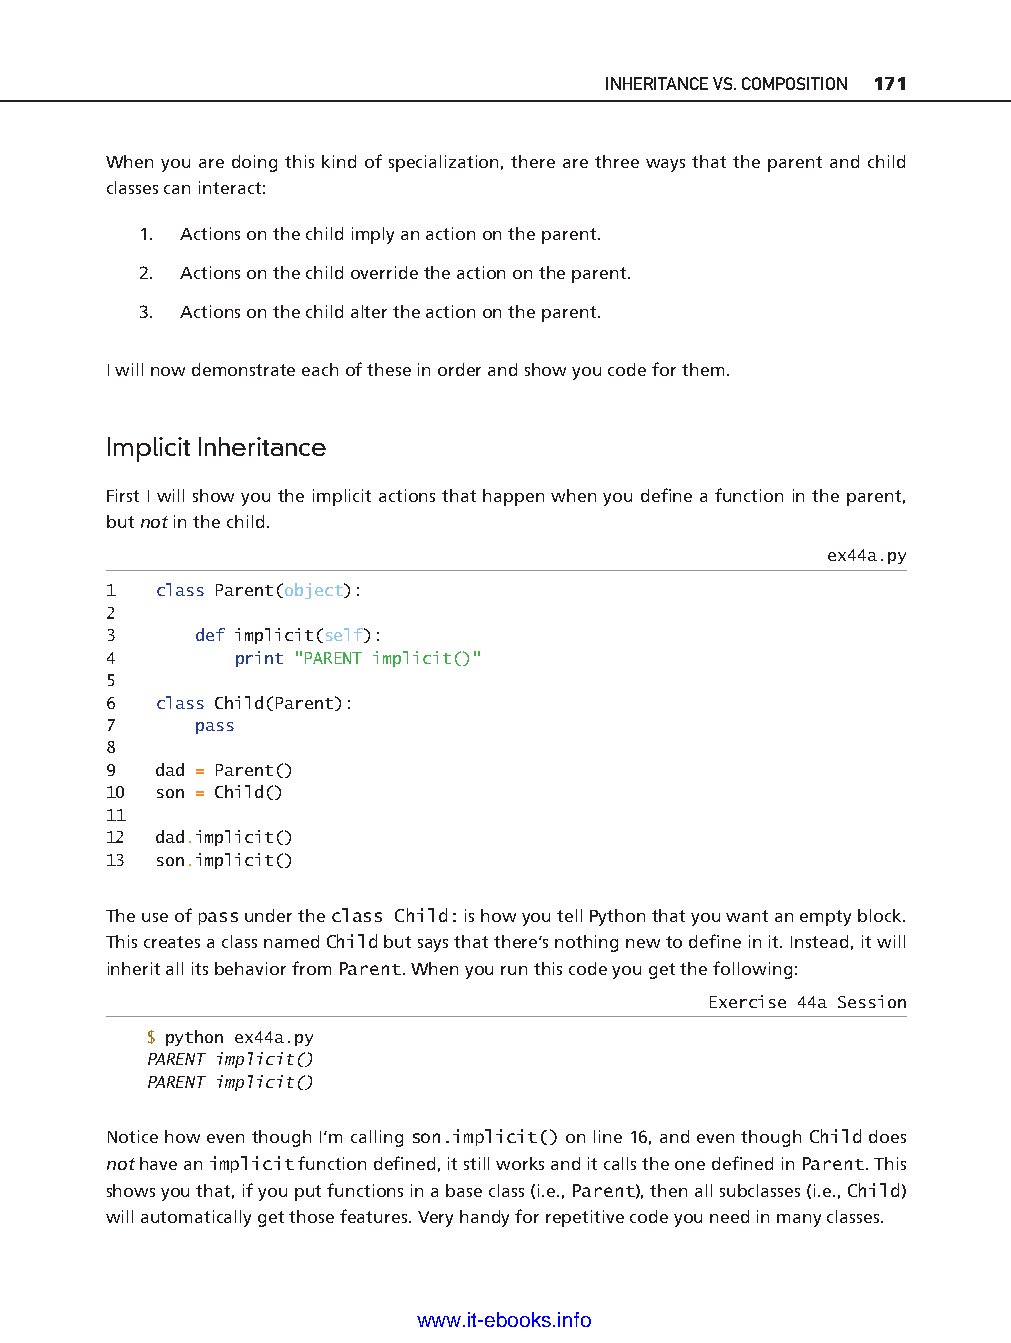
INHERITANCE VS. COMPOSITION 171
 When you are doing this kind of specialization, there are three ways that the parent and child
 classes can interact:
 1. Actions on the child imply an action on the parent.
 2. Actions on the child override the action on the parent.
 3. Actions on the child alter the action on the parent.
 I will now demonstrate each of these in order and show you code for them.
 Implicit Inheritance
 First I will show you the implicit actions that happen when you defi ne a function in the parent,
 but not in the child.
 ex44a.py
 1   class Parent(object):
 2
 3     def implicit(self):
 4        print "PARENT implicit()"
 5                                                                             ptg11539604
 6   class Child(Parent):
 7     pass
 8
 9   dad = Parent()
 10  son = Child()
 11
 12  dad.implicit()
 13  son.implicit()
 The use of pass under the class Child: is how you tell Python that you want an empty block.
 This creates a class named Child but says that there’s nothing new to defi ne in it. Instead, it will
 inherit all its behavior from Parent. When you run this code you get the following:
 Exercise 44a Session
 $ python ex44a.py
 PARENT implicit()
 PARENT implicit()
 Notice how even though I’m calling son.implicit() on line 16, and even though Child does
 not have an implicit function defi ned, it still works and it calls the one defi ned in Parent. This
 shows you that, if you put functions in a base class (i.e., Parent), then all subclasses (i.e., Child)
 will automatically get those features. Very handy for repetitive code you need in many classes.
 www.it-ebooks.info